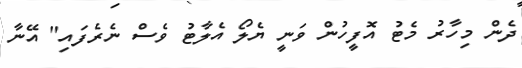
ދެން މިހާރު މެޓު އޮފީހުން ވަނީ ޔެލޯ އެލާޓު ވެސް ނެރެފައި" އޭނާ